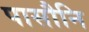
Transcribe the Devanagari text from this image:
पासौनि